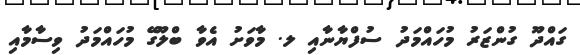
ގައްދޫ ގުންޒަރު މުހައްމަދު ސުފްޔާނާއި ލ. މާވަށު އެވާ ބްލޫގޭ މުހައްމަދު ވިސާމާއި